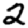
Digit: 2